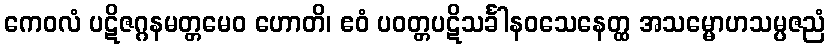
ကေဝလံ ပဋိဇဂ္ဂနမတ္တမေဝ ဟောတိ၊ ဧဝံ ပဝတ္တပဋိသင်္ခါနဝသေနေတ္ထ အသမ္မောဟသမ္ပဇညံ